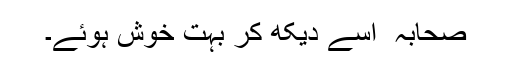
صحابہ ؓ اسے دیکھ کر بہت خوش ہوئے۔